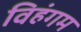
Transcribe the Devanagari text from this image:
विहंगम